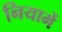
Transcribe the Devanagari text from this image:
नियामें